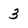
Character: 3